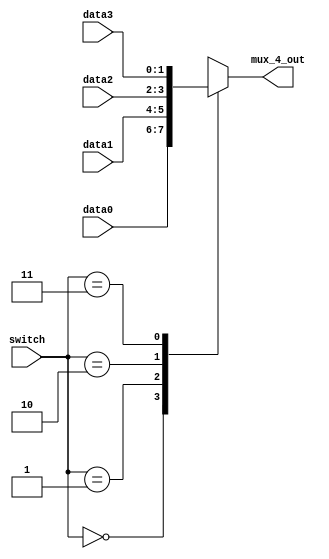

module MUX_4to1(data0,data1,data2,data3,switch,mux_4_out);

parameter size = 0;

//I/O ports
input   [size-1:0] data0;
input   [size-1:0] data1;
input   [size-1:0] data2;
input   [size-1:0] data3;
input   [2:1]      switch;
output  [size-1:0] mux_4_out;

//Internal Signals
reg     [size-1:0] mux_4_out;

always @(*) 
begin
	case(switch)
	2'b00	:	mux_4_out=data0;		
	2'b01	:	mux_4_out=data1;	
	2'b10	:	mux_4_out=data2;
	2'b11	:	mux_4_out=data3;	
	endcase
end

endmodule